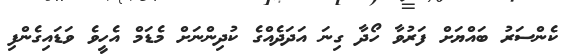
ކެންސަރު ބައްޔަށް ފަރުވާ ހޯދާ ގިނަ އަދަދެއްގެ ކުދިންނަށް މެޑަމް އެހީވެ ވަޑައިގެންފި